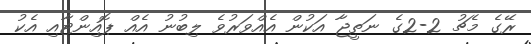
ރޭގެ މެޗު 2-2ގެ ނަތީޖާ އަކުން އެއްވަރުވެ ލިބުނު އެއް ޕޮއިންޓާއި އެކު